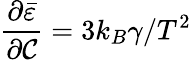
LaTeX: \frac{\partial\bar{\varepsilon}}{\partial\mathcal{C}}=3k_{B}\gamma/{T^{2}}